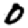
Digit: 0